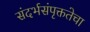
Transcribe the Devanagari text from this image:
संदर्भसंपृक्ततेचा